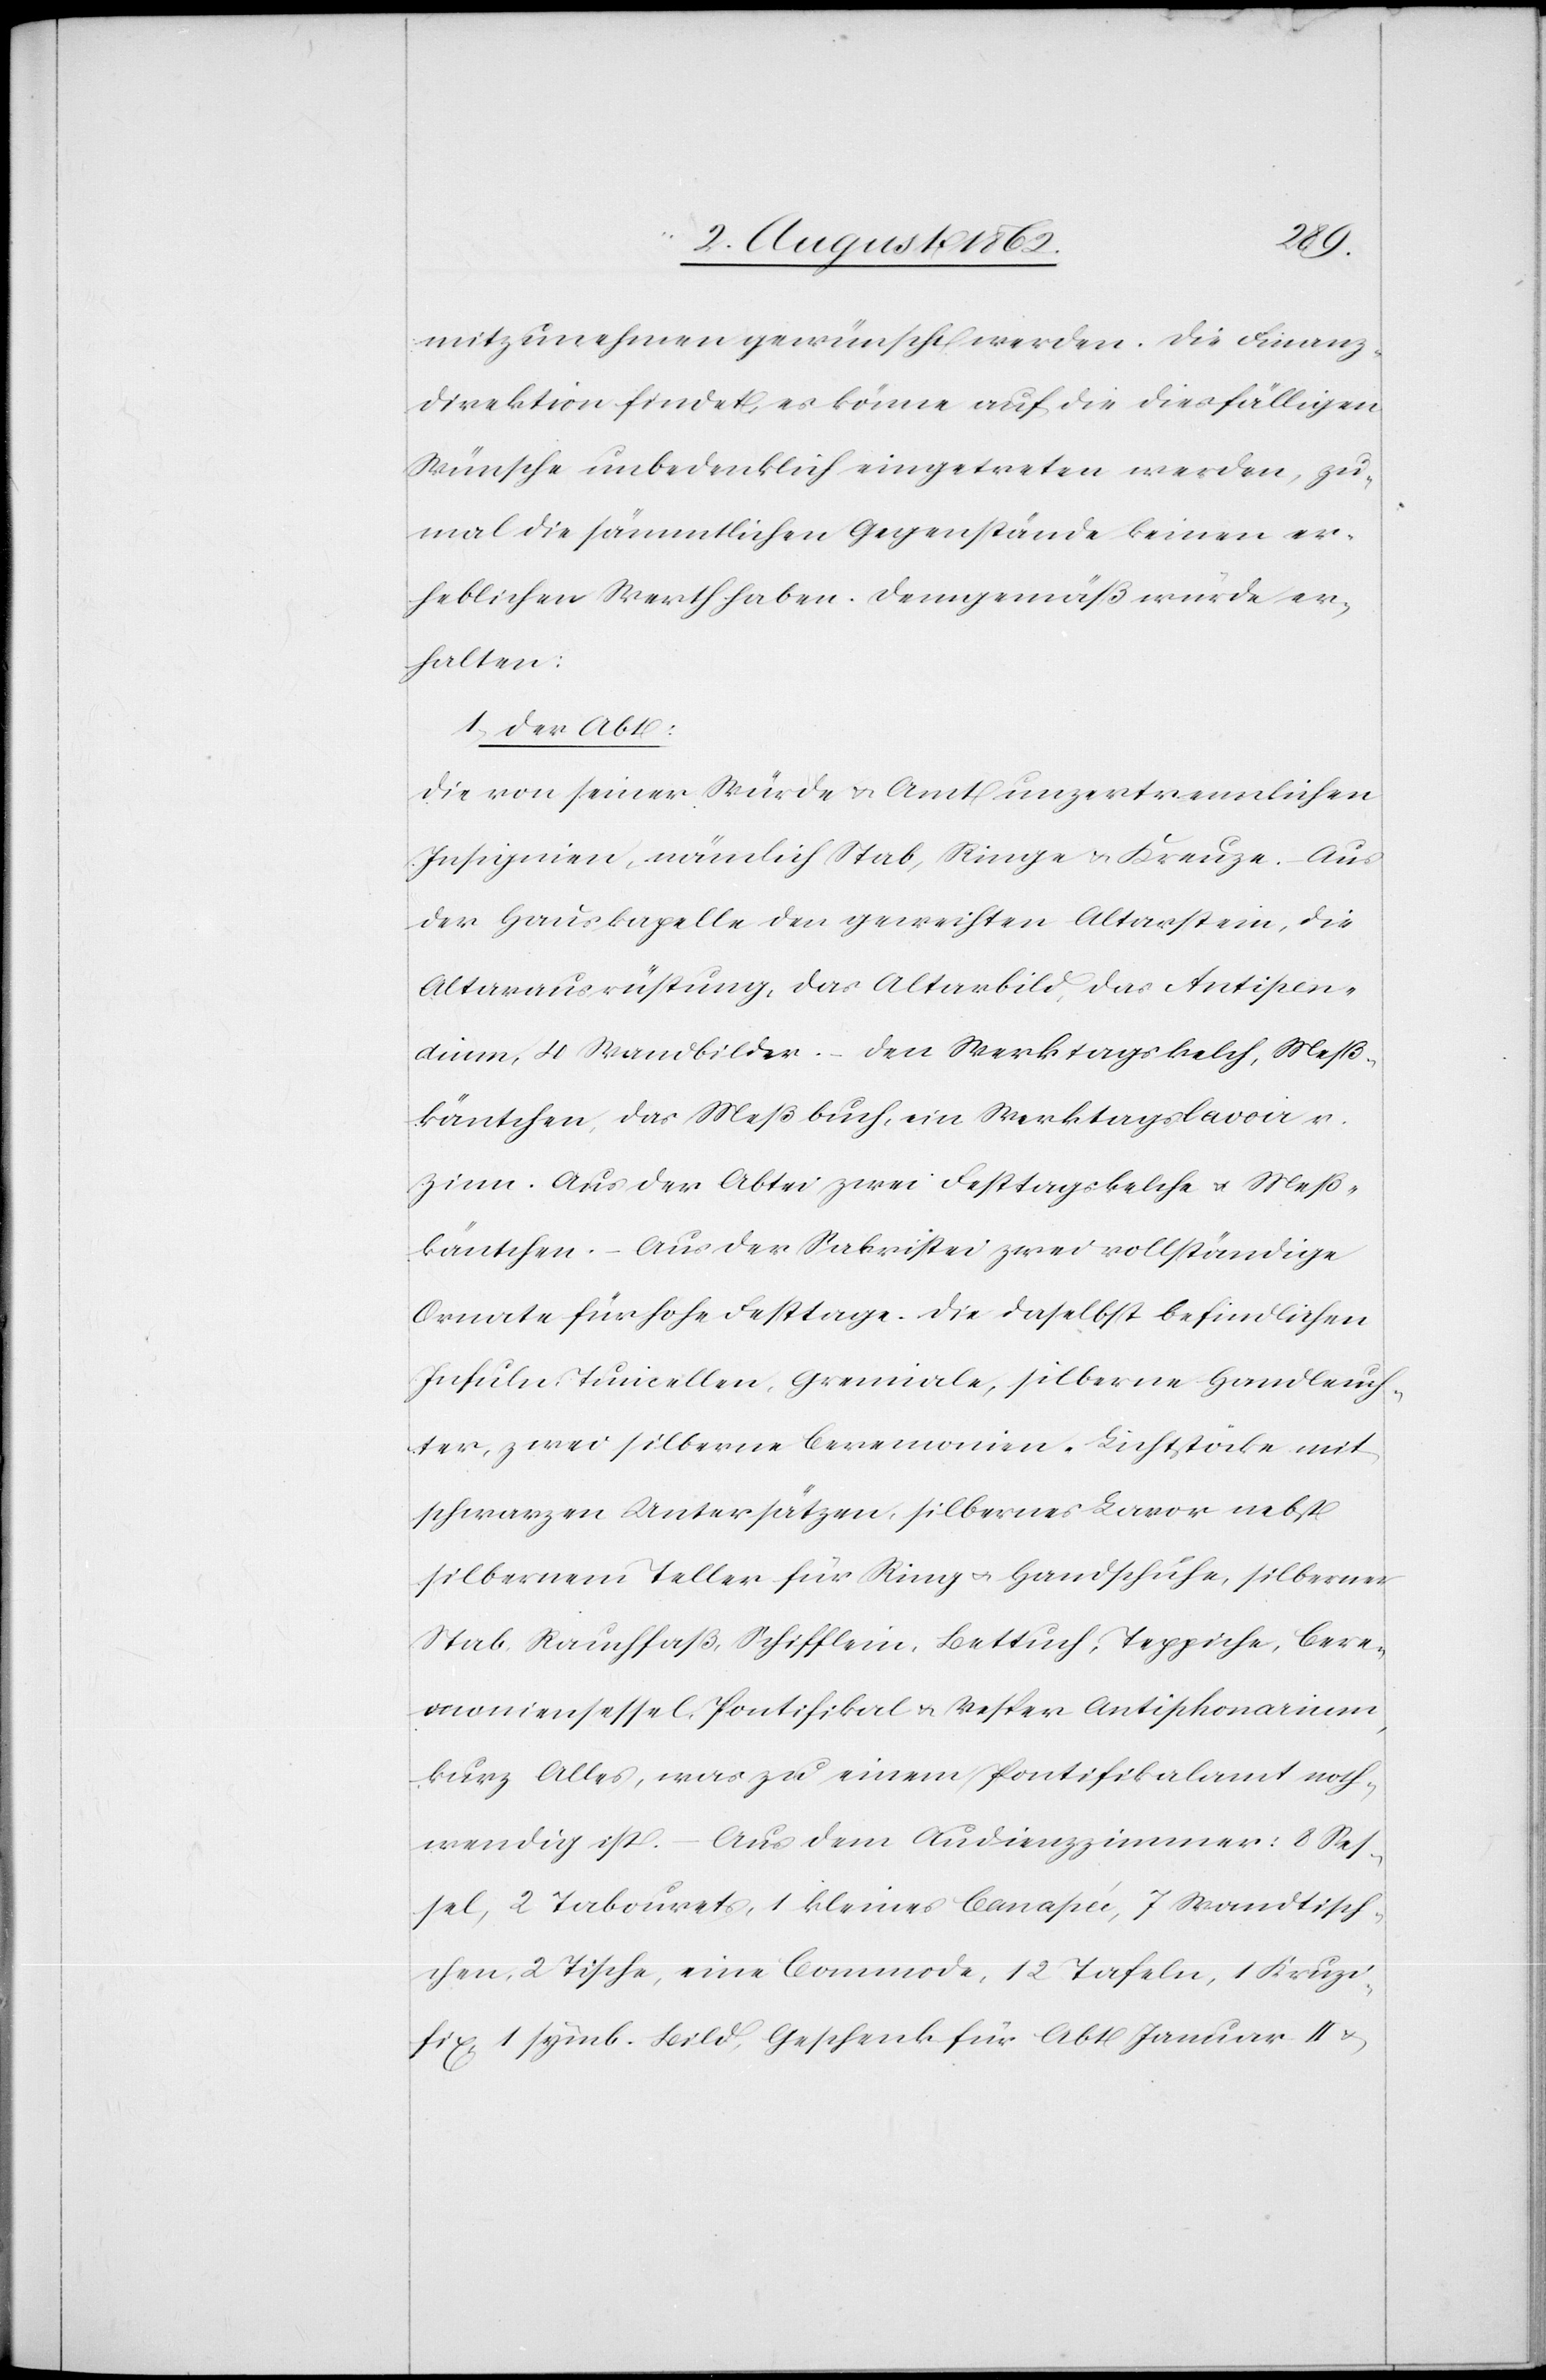
mitzunehmen gewünscht werden. Die Finanz¬
direktion findet, es könne auf die diesfälligen
Wünsche unbedenklich eingetreten werden, zu¬
mal die sämmtlichen Gegenstände keinen er¬
heblichen Werth haben. Demgemäß würde er¬
halten:
1. Der Abt:
Die von seiner Würde u. Amt unzertrennlichen
Insignien, nämlich Stab, Ringe u. Kreuze. Aus
der Hauskapelle den geweihten Altarstein, die
Altarausrüstung, das Altarbild, das Antipo¬
dium, 4 Wandbilder, den Werktagskelch, Meß¬
käntchen, das Meßbuch, ein Werktagslavoir v.
Zinn. Aus der Abtei zwei Festtagskelche u. Meß¬
käntchen. Aus der Sakristei zwei vollständige
Ornate für hohe Festtage. Die daselbst befindlichen
Infuln Turicellen, Gremiale, silberne Handleuch¬
ter, zwei silberne Ceremonien, Lichtstöcke mit
schwarzen Untersätzen, silbernes Lavor nebst
silbernem Teller für Ring u. Handschuhe, silberner
Stab, Rauchfaß, Schifflein, Bettuch, Teppiche, Cere¬
moniensessel, Pontifikal u. Vesper Antiphonarium,
kurz Alles, was zu einem Pontifikalamt noth¬
wendig ist. Aus dem Audienzzimmer: 8 Ses¬
sel, 2 Tabourets, 1 kleines Canape, 7 Wandtisch¬
chen, 2 Tische, eine Commode, 12 Tafeln, 1 Kruzi¬
fix, 1 symb. Bild, Geschenk für Abt Januar II u.